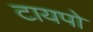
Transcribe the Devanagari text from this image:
टायपो